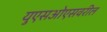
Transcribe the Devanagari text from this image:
युएसओएसवरील